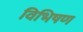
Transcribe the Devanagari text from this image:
विभिषण